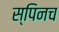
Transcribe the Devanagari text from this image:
स्पिनच